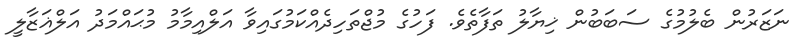
ނަޒަރުން ބެލުމުގެ ސަބަބުން ޚިޔާލު ތަފާތެވެ. ފަހުގެ މުޖްތަހިދެއްކަމުގައިވާ އަލްއިމާމު މުޙައްމަދު އަލްޣަޒާލީ